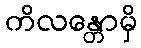
ကိလန္တောမှိ